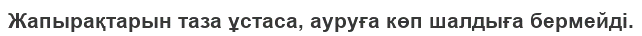
Жапырақтарын таза ұстаса, ауруға көп шалдыға бермейді.